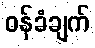
ဝန်ခံချက်